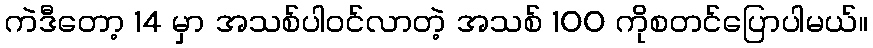
ကဲဒီတော့ 14 မှာ အသစ်ပါဝင်လာတဲ့ အသစ် 100 ကိုစတင်ပြောပါမယ်။